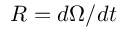
R = d \Omega / d t